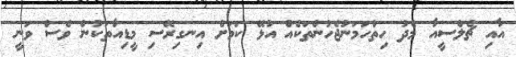
އާއި ޗެލްސީއާ މެދު ހިތްހަމަނުޖެހުންތަކެއް އުޅޭ ކަމަށް އިނގިރޭސި މީޑިއާތަކުން ވެސް ވަނީ